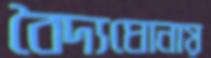
বৈদ্যঘোনায়